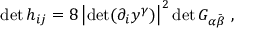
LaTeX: \operatorname * { d e t } h _ { i j } = 8 \left| \operatorname * { d e t } ( \partial _ { i } y ^ { \gamma } ) \right| ^ { 2 } \operatorname * { d e t } G _ { \alpha \bar { \beta } } \ ,